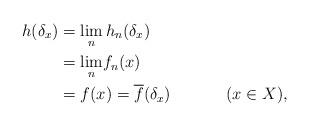
LaTeX: \begin{align*}h(\delta_x ) &= \underset{n}{\lim}\, h_n(\delta_x )\\&= \underset{n}{\lim} f_n(x)\\&= f(x) = \overline{f}(\delta_x) \;\;\;\;\;\;\;\;\;\;\;\; ( x \in X ),\end{align*}